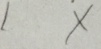
1 x